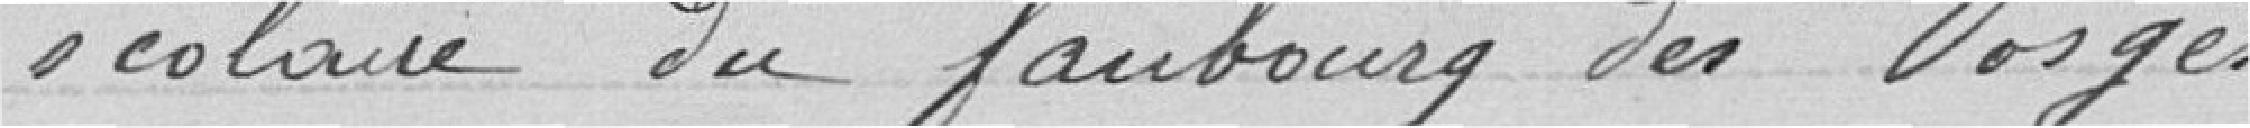
scolaire du faubourg des Vosges.